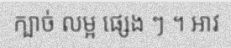
ក្បាច់ លម្អ ផ្សេង ៗ ។ អាវ